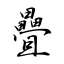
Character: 疊